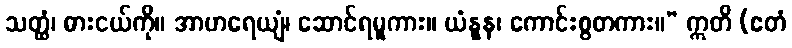
သတ္ထံ၊ ဓားငယ်ကို။ အာဟရေယျံ၊ ဆောင်ရမူကား။ ယံနူန၊ ကောင်းစွတကား။” ဣတိ (ဧတံ